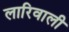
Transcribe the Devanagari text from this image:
लारिवाली